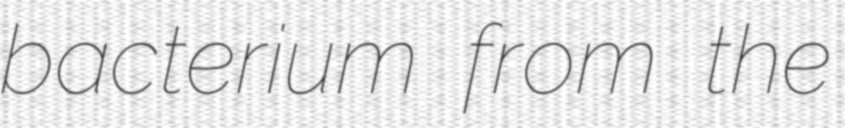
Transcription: bacterium from the